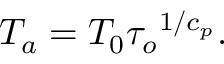
T _ { a } = T _ { 0 } { \tau _ { o } } ^ { 1 / c _ { p } } .